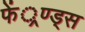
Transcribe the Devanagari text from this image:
फें्रण्ड्स